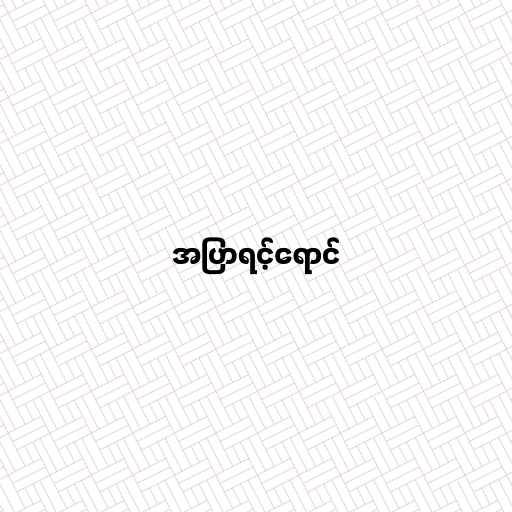
အပြာရင့်ရောင်